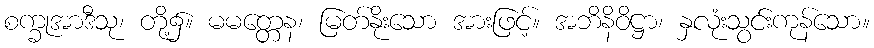
စက္ခုအာဒီသု၊ တို့၌။ မမတ္တေန၊ မြတ်နိုးသော အားဖြင့်။ အဘိနိဝိဋ္ဌာ၊ နှလုံးသွင်းကုန်သော။